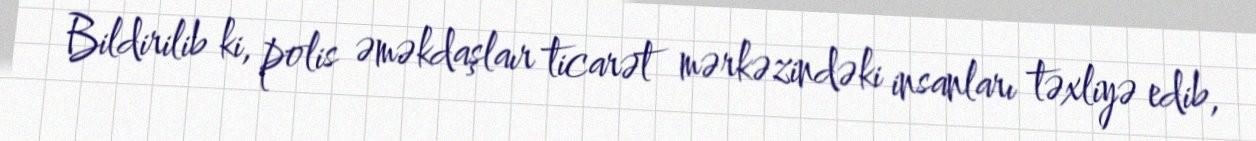
Bildirilib ki, polis əməkdaşlaır ticarət mərkəzindəki insanları təxliyə edib,